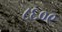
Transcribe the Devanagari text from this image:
८६०९